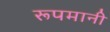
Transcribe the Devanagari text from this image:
रूपमानी